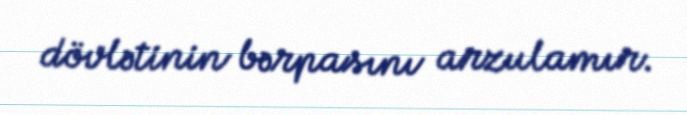
dövlətinin bərpasını arzulamır.